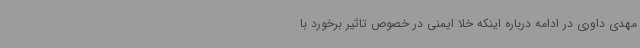
مهدی داوری در ادامه درباره اینکه خلا ایمنی در خصوص تاثیر برخورد با